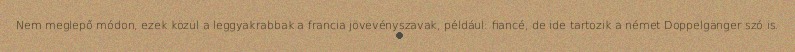
Nem meglepő módon, ezek közül a leggyakrabbak a francia jövevényszavak, például: fiancé, de ide tartozik a német Doppelgänger szó is.